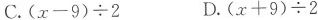
C.(x-9)\div2 D. (x+9)\div2